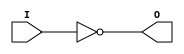
// $Header: /devl/xcs/repo/env/Databases/CAEInterfaces/verunilibs/data/unisims/INV.v,v 1.5 2005/03/14 22:32:53 yanx Exp $
///////////////////////////////////////////////////////////////////////////////
// Copyright (c) 1995/2004 Xilinx, Inc.
// All Right Reserved.
///////////////////////////////////////////////////////////////////////////////
//   ____  ____
//  /   /\/   /
// /___/  \  /    Vendor : Xilinx
// \   \   \/     Version : 8.1i (I.13)
//  \   \         Description : Xilinx Functional Simulation Library Component
//  /   /                  Inverter
// /___/   /\     Filename : INV.v
// \   \  /  \    Timestamp : Thu Mar 25 16:42:37 PST 2004
//  \___\/\___\
//
// Revision:
//    03/23/04 - Initial version.
// End Revision

`timescale  100 ps / 10 ps


module INV (O, I);

    output O;

    input  I;

	not N1 (O, I);

endmodule